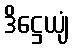
ဒိဋ္ဌေယျံ